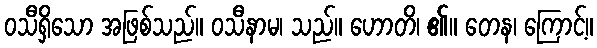
ဝသီရှိသော အဖြစ်သည်။ ဝသီနာမ၊ သည်။ ဟောတိ၊ ၏။ တေန၊ ကြောင့်။